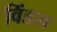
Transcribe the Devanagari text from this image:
विंडल